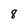
Character: 8